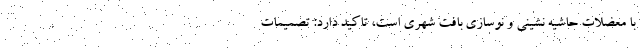
با معضلات حاشیه نشینی و نوسازی بافت شهری است، تاکید دارد: تصمیمات